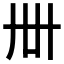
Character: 𬻂